Report on sanitation, dispensaries, and jails in Rajputana for 1913, and on vaccination for the year 1913-1914 - 1913-1914
Year: 1913
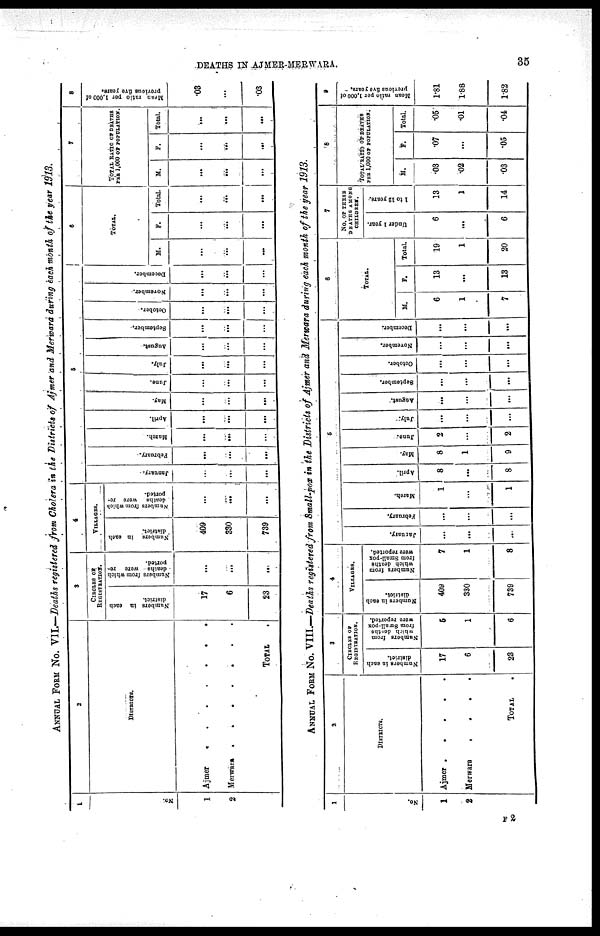
DEATHS IN AJMER-MERWARA.
35
ANNUAL FORM No. VII.—Deaths registered from Cholera in the Districts of Ajmer and Merwara during each month of the year 1913.
1
NO.
1
2
2
DISTRICTS.
Ajmer
.
.
.
.
.
.
.
Merwara
.
.
.
.
.
.
.
TOTAL .
3
CIRCLES OF
REGISTRATION.
Numbers in each
district.
17
6
23
Numbers from which
deaths were re¬
ported.
...
...
...
4
VILLAGES.
Numbers in each
district.
409
330
739
Numbers from which
deaths were re-
ported.
...
...
...
5
January.
...
...
...
February.
...
...
...
March.
...
...
...
April.
...
...
...
May.
...
...
...
June.
...
...
...
July.
...
...
...
August.
...
...
...
September.
...
...
...
October.
...
...
...
November.
...
...
...
December.
...
...
...
6
TOTAL.
M.
...
...
...
F.
...
...
...
Total.
...
...
...
7
TOTAL RATIO OF DEATHS
PER 1,000 OF POPULATION.
M.
...
...
...
F.
...
...
...
Total.
...
...
...
8
Mean ratio par 1,000 of
provious five years.
.03
...
.03
ANNUAL FORM No. VIII.—Deaths registered from Small-pox in the Districts of Ajmer and Merwara during each month of the year 1913.
1
No
1
2
2
DISTRICTS.
Ajmer
.
.
.
.
.
Merwara
.
.
.
.
TOTAL .
3
CIRCLES OF
REGISTRATION.
Numbers in each
district.
17
6
28
Numbers from
which deaths
from Small-pox
were reported.
5
1
6
4
VILLAGES.
Numbers in each
district.
409
330
739
Numbers from
which deaths
from Small-pox
were reported.
7
1
8
5
January.
...
...
...
february.
...
...
...
March.
1
...
1
April.
8
...
8
May.
8
1
9
June.
2
...
2
July.
...
... ...
August.
...
...
...
September.
...
... ...
October.
...
...
...
November.
...
...
...
December.
...
... ...
6
TOTAL.
M.
6
1
7
F.
13
...
13
Total.
19
1
20
7
No. OF THESE
DEATHS AMONG
CHILDREN.
Under 1 year.
6
...
6
1 to 12 years.
13
1
14
8
TOTAL RATIO OF DEATHS
PER 1,000 OF POPULATION.
M.
.03
.02
.03
F.
.07
...
.05
Total.
.06
.01
.04
Mean ratio per 1,000 of
previous five years.
1.81
1.88
1.82
F2